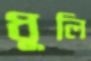
ধূলি